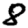
Digit: 8